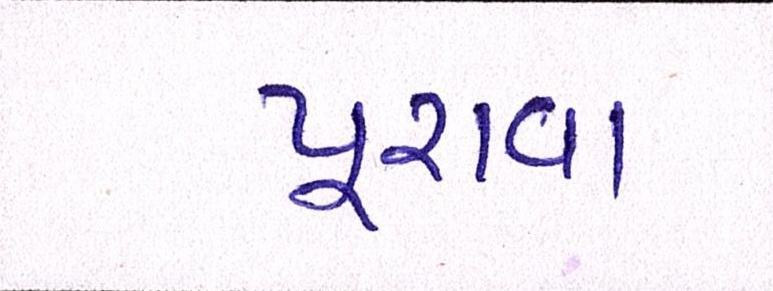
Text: પૂરાવા